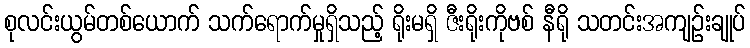
စုလင်းယွမ်တစ်ယောက် သက်ရောက်မှုရှိသည့် ရိုးမရှိ ဇီးရိုးကိုဗစ် နီရို သတင်းအကျဉ်းချုပ်